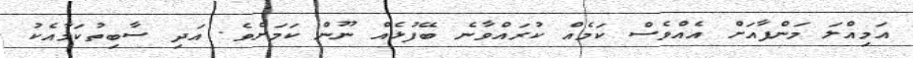
އަމިއްލަ މަންފާއަށް އެއްވެސް ކަމެއް ކުރައްވާނެ ބޭފުޅެއް ނޫން ކަމަށެވެ. އަދި ސާބިތުކަމާއެކު